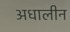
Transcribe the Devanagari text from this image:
अधालीन